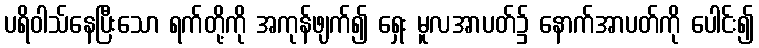
ပရိဝါသ်နေပြီးသော ရက်တို့ကို အကုန်ဖျက်၍ ရှေး မူလအာပတ်၌ နောက်အာပတ်ကို ပေါင်း၍